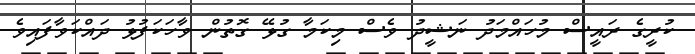
ކުރީގެ ރައީސް މުހައްމަދު ނަޝީދު ވެސް މިކަމާ ގުޅޭ ގޮތުން ވާހަކަފުޅު ދައްކަވާފައިވެ